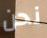
نحن